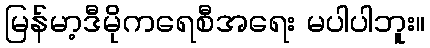
မြန်မာ့ဒီမိုကရေစီအရေး မပါပါဘူး။